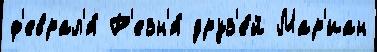
ф'еврал'я́ Р'езн'я́ друз'е́й Мар'иан